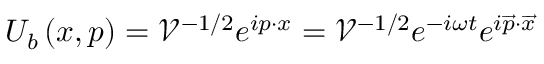
\begin{array} { r } { U _ { b } \left( x , p \right) = \mathcal { V } ^ { - 1 / 2 } e ^ { i p \cdot x } = \mathcal { V } ^ { - 1 / 2 } e ^ { - i \omega t } e ^ { i \overrightarrow { p } \cdot \overrightarrow { x } } } \end{array}